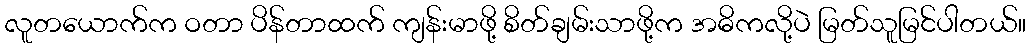
လူတယောက်က ဝတာ ပိန်တာထက် ကျန်းမာဖို့ စိတ်ချမ်းသာဖို့က အဓိကလို့ပဲ မြတ်သူမြင်ပါတယ်။